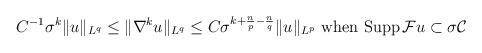
LaTeX: \begin{align*}&& C^{-1}\sigma ^k\|u\|_{L^q}\le\|\nabla^k u\|_{L^q}\le C\sigma ^{k+\frac np-\frac nq}\|u\|_{L^p} \mbox{ when } \mathrm{Supp} \,\mathcal{F}u\subset\sigma \mathcal{C}\end{align*}